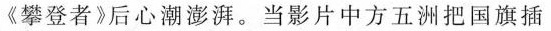
《攀登者》后心潮澎湃。当影片中方五洲把国旗插